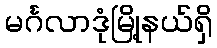
မင်္ဂလာဒုံမြို့နယ်ရှိ